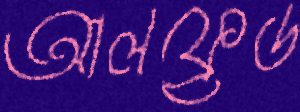
আলফ্রেড